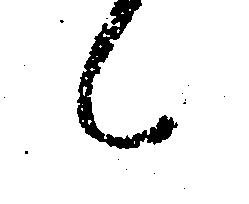
候